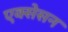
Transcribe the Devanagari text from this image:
एक्सेसन